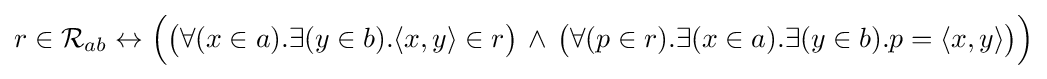
r\in {\mathcal {R}}_{ab}\leftrightarrow {\Big (}{\big (}\forall (x\in a).\exists (y\in b).\langle x,y\rangle \in r{\big )}\,\land \,{\big (}\forall (p\in r).\exists (x\in a).\exists (y\in b).p=\langle x,y\rangle {\big )}{\Big )}